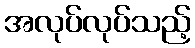
အလုပ်လုပ်သည့်